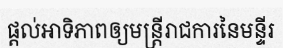
ផ្តល់អាទិភាពឲ្យមន្ត្រីរាជការនៃមន្ទីរ